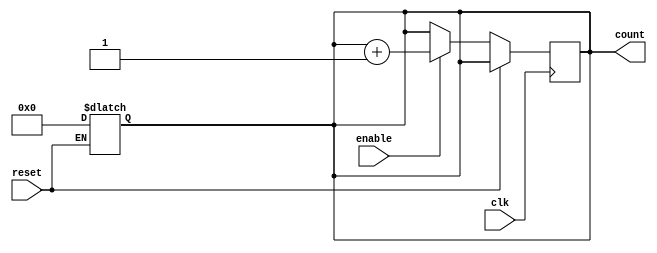
module async_reset_sync_counter #(
    parameter WIDTH = 4,           // Bit width of the counter
    parameter COUNT_UP = 1         // 1 for up counter, 0 for down counter
)(
    input wire clk,                // Clock signal
    input wire reset,              // Asynchronous reset signal
    input wire enable,             // Count enable signal
    output reg [WIDTH-1:0] count   // Counter value
);

    // Asynchronous reset logic
    always @(*) begin
        if (reset) begin
            count = 0;              // Reset the counter to 0
        end
    end

    // Synchronous counting logic
    always @(posedge clk) begin
        if (!reset) begin           // Only count if reset is not active
            if (enable) begin       // Count only when enabled
                if (COUNT_UP) begin
                    count <= count + 1; // Increment the counter
                end else begin
                    count <= count - 1; // Decrement the counter
                end
            end
        end
    end

endmodule